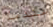
عندما